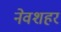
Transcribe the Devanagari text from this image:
नेवशहर